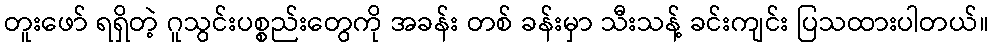
တူးဖော် ရရှိတဲ့ ဂူသွင်းပစ္စည်းတွေကို အခန်း တစ် ခန်းမှာ သီးသန့် ခင်းကျင်း ပြသထားပါတယ်။